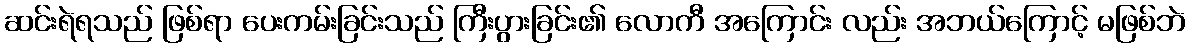
ဆင်းရဲရသည် ဖြစ်ရာ ပေးကမ်းခြင်းသည် ကြီးပွားခြင်း၏ လောကီ အကြောင်း လည်း အဘယ်ကြောင့် မဖြစ်ဘဲ